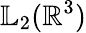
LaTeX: \mathbb{L}_{2}(\mathbb{R}^{3})